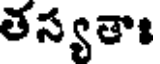
తస్యతాః